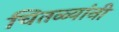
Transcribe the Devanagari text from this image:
चितळ्यांनी